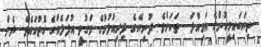
ތިޔަބައިމީހުންގެ އަމިއްލަ  ތަކަށެވެ. ދުނިޔޭގެ ދިރިއުޅުމުގެ ވަގުތީ އުފަލެއްގެ ގޮތުގައެވެ. ދެން